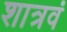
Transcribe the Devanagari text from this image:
शात्रवं